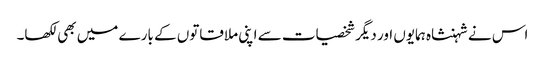
اس نے شہنشاہ ہمایوں اور دیگر شخصیات سے اپنی ملاقاتوں کے بارے میں بھی لکھا۔